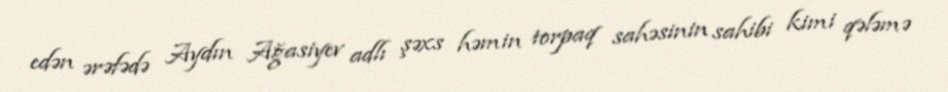
edən ərəfədə Aydın Ağasiyev adlı şəxs həmin torpaq sahəsinin sahibi kimi qələmə